Annual report of the Bengal Veterinary College and of the Civil Veterinary Department, Bengal, for the year 1911-1912 - 1911-1912
Year: 1911
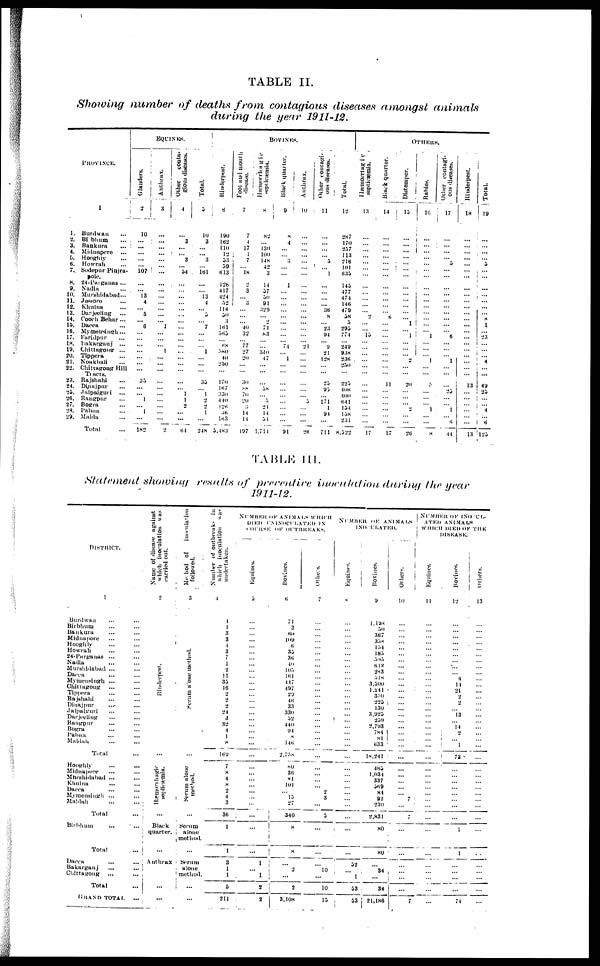
TABLE II.
Showing number of deaths from contagious diseases amongst animals
during the year 1911-.12.
PROVINCE.
1
1.
2.
3.
4.
5.
6.
7.
8.
9.
10.
11.
12.
13.
14.
15.
16.
17.
18.
19.
20.
21.
22.
23.
24.
25.
26.
27.
28.
29.
Burdwan …
Bibhum …
Bankura …
Miduapcre ...
Hooghly …
Howrah …
Sodepur Pinjra-
pole.
24- Pargauas ...
Nadia …
Murshidabad …
Jessore
...
Khulna …
Darjceling
...
Cooch Behar...
Dacca …
Mymeusingh...
Faridpur …
Bakargnj ...
Chittagoug ...
Tippera …
Noakhali …
Chitragoug Hill
Tlacts.
Rajshahi …
Duiajpur …
Jalpaiguri
...
Raugpur …
Bogra …
Pabna …
Malda …
Total …
EQUINES.
Glanders.
2
10
...
...
...
...
...
107
...
...
13
4
...
3
...
6
...
...
...
...
...
...
...
35
...
...
1
...
1
...
182
Anthrax.
3
…
...
...
...
...
...
…
...
...
...
...
...
...
...
1
...
...
...
1
...
...
...
...
… ...
… ...
… ...
2
Other
couta-
gioiw diseases.
4
…
3
...
...
3
...
54
...
… ...
...
...
...
...
...
...
...
...
...
...
...
…
… ...
...
1
1
2
...
...
64
Total.
5
10
3
...
...
3
… 161
...
...
13
4
… 5
… 7
…
…
… 1
...
...
…
35
… l
2
2
1
…
248
BOVINES.
Rimderpest.
6
190
162
110
12
53
59
613
… 126
417
424
52
114
50
3
161
565
...
68
80
40
230
…
170
167
330
440
126
36
163
5,483
Foot and mouth
disease.
7
7
4
17
1
7
...
18
… 2
3
… 3
…
…
… 40
32
… 77
27
20
…
…
30
88
70
20
…
14
11
197
Hæmorrhagic
septicæmia.
8
82
...
130
100
148
42
3
…
14
57
50
91
329
… 2
71
83
… ...
3.10
47
...
...
...
58
… 5
21
14
51
1.711
Black quarter.
9
X
4
...
...
…
...
...
… 1
...
...
…
...
...
...
...
...
...
74
...
1
...
...
...
...
...
...
...
...
...
91
Anthrax.
10
…
...
...
...
…
… ...
… ...
...
… ...
...
...
...
…
…
… 21
… ...
...
…
…
…
… 5
…
…
26
Other coucagi-
ous discases.
11
…
...
...
...
5
…
1
...
...
...
...
36
8
...
23
94
...
9
21
128
…
…
25
93
...
171
1
91
...
711
Total.
12
287
170
237
113
216
101
635
… 145
477
474
146
479
58
5
295
774
… 249
938
236
256
…
223
408
400
641
154
138
231
8,522
OTHERS.
Hæmorrtagic
septicæmia.
13
…
...
...
...
...
...
...
… ...
...
...
2
… ...
15
…
…
…
…
…
… … …...
…
…
…
… …
…
17
Black quarter.
14
…
...
…
...
...
… …
…
…
… ...
...
...
6
… ...
...
…
…
… ...
…
…
… 11
...
…
… ...
… ...
17
Distemper.
15
…
… …
… ...
...
...
… ...
...
...
...
...
...
1
… 1
…
…
… 2
…
…
… 20
…
… ...
2
…
…
… 26
Rabies.
16
…
…
…
…
… ...
…
… …
…
…
…
…
… …
… "1
… …
...
1
...
...
3
...
… 1
...
…
8
Other coutagi-
ous diseases.
17
…
…
… ...
5
… ...
… ...
...
…
… ...
...
...
...
6
…
… …
1
… ...
… ...
25
...
… 1
… 6
…
44
Riuderpest.
18
…
…
…
…
…
… …...
… ...
…
…
…
…
… …...
…...
…...
…...
…...
……
… …
… 13
… ...
…
…
… ...
13
Total.
19
…
…
… ...
5
…
…
… ...
… …...
…
… 8
1
… 23
… ...
… 4
…
…
… 49
25
…
… "4
...
6
123
TABLE III.
Statement showing results of prerentice inoculation durinig the year
1911-12.
DISTRICT.
1
Burdwan … …
Birbhum … …
Bankura … …
Midnapore … …
Hooghly … …
Howrah
...
...
24- Parganas ... …
Nadia … …
Murshidabad ... …
Dacca
Mymensingh ...
...
Ghittagoug ...
Tippera … …
Rajshahi … …
Diuajpur … …
Jalpaiguri … …
Darjeeling … …
Rangpur … …
Bogra … …
l'abna … …
Maldah … …
Total
Hooghly … …
Midnapore … …
Mhrshidabad ... …
Khulna … …
Dacca
Mymensingh ... …
Maldah
…
…
Total
Birbhum … …
Total
Dacca … …
Bakarganj … …
Chittagong
... …
Total
GRAND TOTAL ...
Name of disease against
which inoculation was
carried out.
2
Rinderpest.
...
Hæmonhagic
seplicæmia.
Black
quarter.
…
Anthrax
...
…
Method
of
inoculation
followed.
3
Seram alone method.
...
Serum
alone
method.
...
Serum
alone
method.
…
Serum
alone
method.
...
...
Number
of outbreaks ill
which inoculation was
umdertaken.
4
4
1
3
3
4
3
7
1
2
11
35
16
2
2
2
24
3
32
4
1
8
169
7
8
4
8
2
4
3
36
1
1
3
1
1
5
211
NUMBER OF ANIMALS WHICH
DIED INNOCULATED IN
COURSE OF OUTBREAKS.
Equines.
5
...
...
...
...
...
...
...
...
...
...
...
...
...
...
...
...
...
...
...
...
...
...
...
...
...
…
...
...
1
...
1
2
2
Bovines.
6
71
3
60
109
6
35
36
40
105
l6l
417
497
29
46
33
330
52
440
94
8
146
2.758
80
36
81
101
15
27
340
8
8
...
2
…
2
3,108
Others.
7
...
...
...
...
...
...
...
...
...
...
...
...
...
...
...
...
...
...
...
...
...
...
...
...
...
2
3
...
5
…
...
… 10
...
10
13
NUMBER OF ANIMALS
INOCULATED.
Equines.
8
...
...
...
...
...
...
...
... ...
...
...
...
...
...
...
...
…
...
...
...
...
...
...
...
...
...
32
...
1
53
53
Bovines.
9
1.198
50
367
358
154
185
595
612
283
518
3.300
1.241
330
223
130
3,925
259
2,793
784
81
633
18,241
485
1,034
337
369
84
92
230
2,831
80
80
… 34
...
34
21,186
Others
10
...
…
...
...
...
...
...
...
...
...
...
…
...
…
...
...
...
...
…
...
…
...
...
...
...
7
...
7
...
...
...
…
...
7
NUMBER OF ISOCUL-
ATED ANIMALS
WHICH DLED THE
DISEASE.
Equines.
11
...
...
...
...
...
...
...
...
...
...
...
...
...
...
...
...
...
...
...
...
...
...
...
...
...
...
...
...
...
...
...
...
...
...
...
...
Bovines.
12
...
...
...
...
...
...
...
...
...
4
14
21
2
2
...
13
...
14
2
... l
73
...
...
...
...
...
...
...
...
1
1
...
...
...
...
74
Others.
13
...
...
...
...
...
...
...
...
...
...
...
...
...
...
...
...
...
...
...
...
...
...
...
...
...
...
...
...
...
...
...
...
...
...
...
…
...